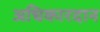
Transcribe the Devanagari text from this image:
अधिकारदान